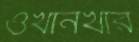
ওখানখার